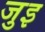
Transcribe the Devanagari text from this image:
जुइ